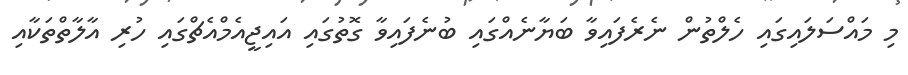
މި މައްސަލައިގައި ހެލްތުން ނެރެފައިވާ ބަޔާނެއްގައި ބުނެފައިވާ ގޮތުގައި އައިޖީއެމްއެޗްގައި ހުރި އާލާތްތަކާއި